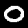
Label: 0